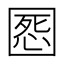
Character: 𡈒